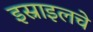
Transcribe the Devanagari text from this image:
इस्राइलचे